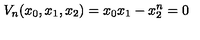
{ V _ { n } } ( { x _ { 0 } } , { x _ { 1 } } , { x _ { 2 } } ) = { x _ { 0 } } { x _ { 1 } } - { x _ { 2 } ^ { n } } = 0